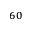
_ { 6 0 }